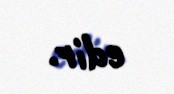
edir.